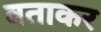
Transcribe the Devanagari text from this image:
वताकर